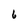
Character: 6